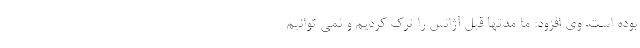
بوده است. وی افزود: ما مدتها قبل آژانس را ترک کردیم و نمی توانیم